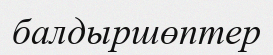
балдыршөптер